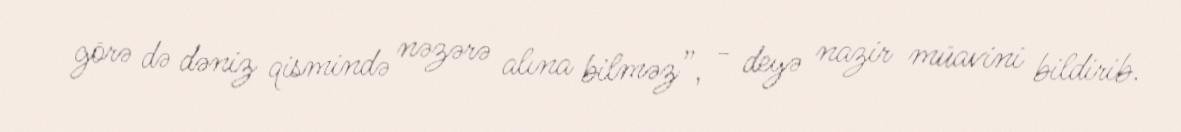
görə də dəniz qismində nəzərə alına bilməz”, - deyə nazir müavini bildirib.